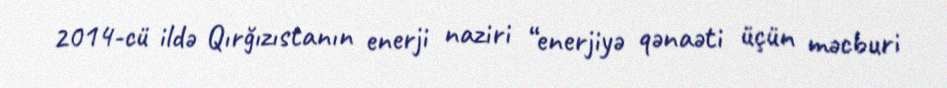
2014-cü ildə Qırğızıstanın enerji naziri “enerjiyə qənaəti üçün məcburi